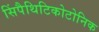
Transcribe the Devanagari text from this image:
सिंपैथिटिकोटोनिक